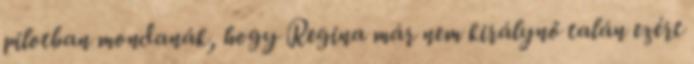
pilotban mondanák, hogy Regina már nem királynő talán ezért